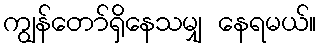
ကျွန်တော်ရှိနေသမျှ နေရမယ်။